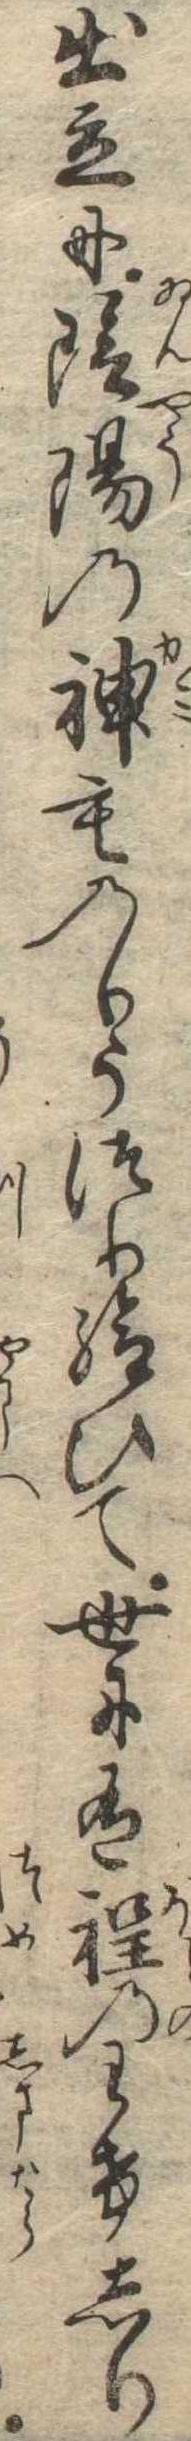
出立に陰陽の神ものりうつり給ひて世に有程のわけしり